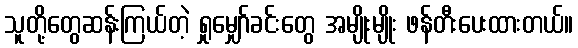
သူတို့တွေဆန်းကြယ်တဲ့ ရှုမျှော်ခင်းတွေ အမျိုးမျိုး ဖန်တီးပေးထားတယ်။